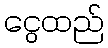
ငွေထည်